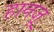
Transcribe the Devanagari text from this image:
हानज़ू